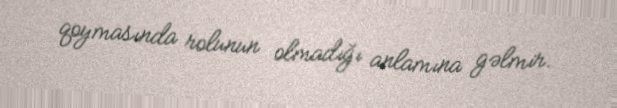
qoymasında rolunun olmadığı anlamına gəlmir.